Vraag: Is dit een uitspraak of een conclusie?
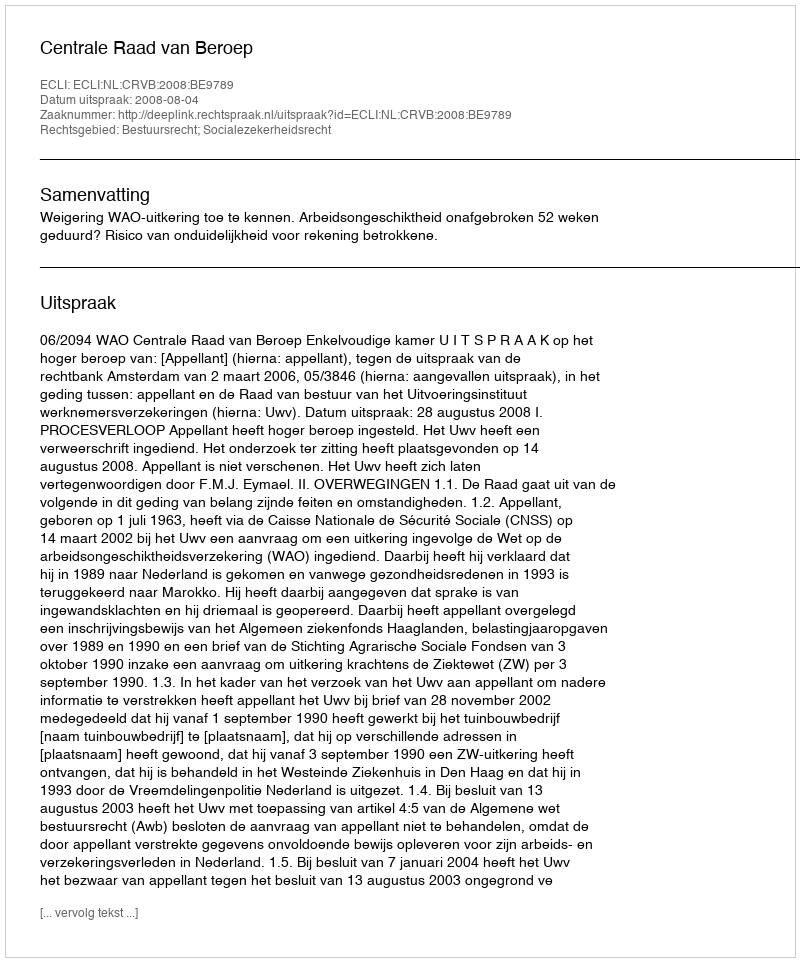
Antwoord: Uitspraak